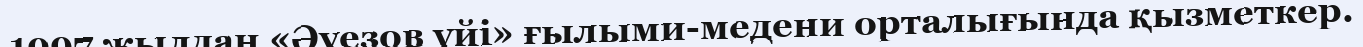
1997 жылдан «Әуезов үйі» ғылыми-медени орталығында қызметкер.